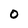
Character: 0